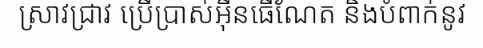
ស្រាវជ្រាវ ប្រើប្រាស់អ៊ីនធើណែត និងបំពាក់នូវ